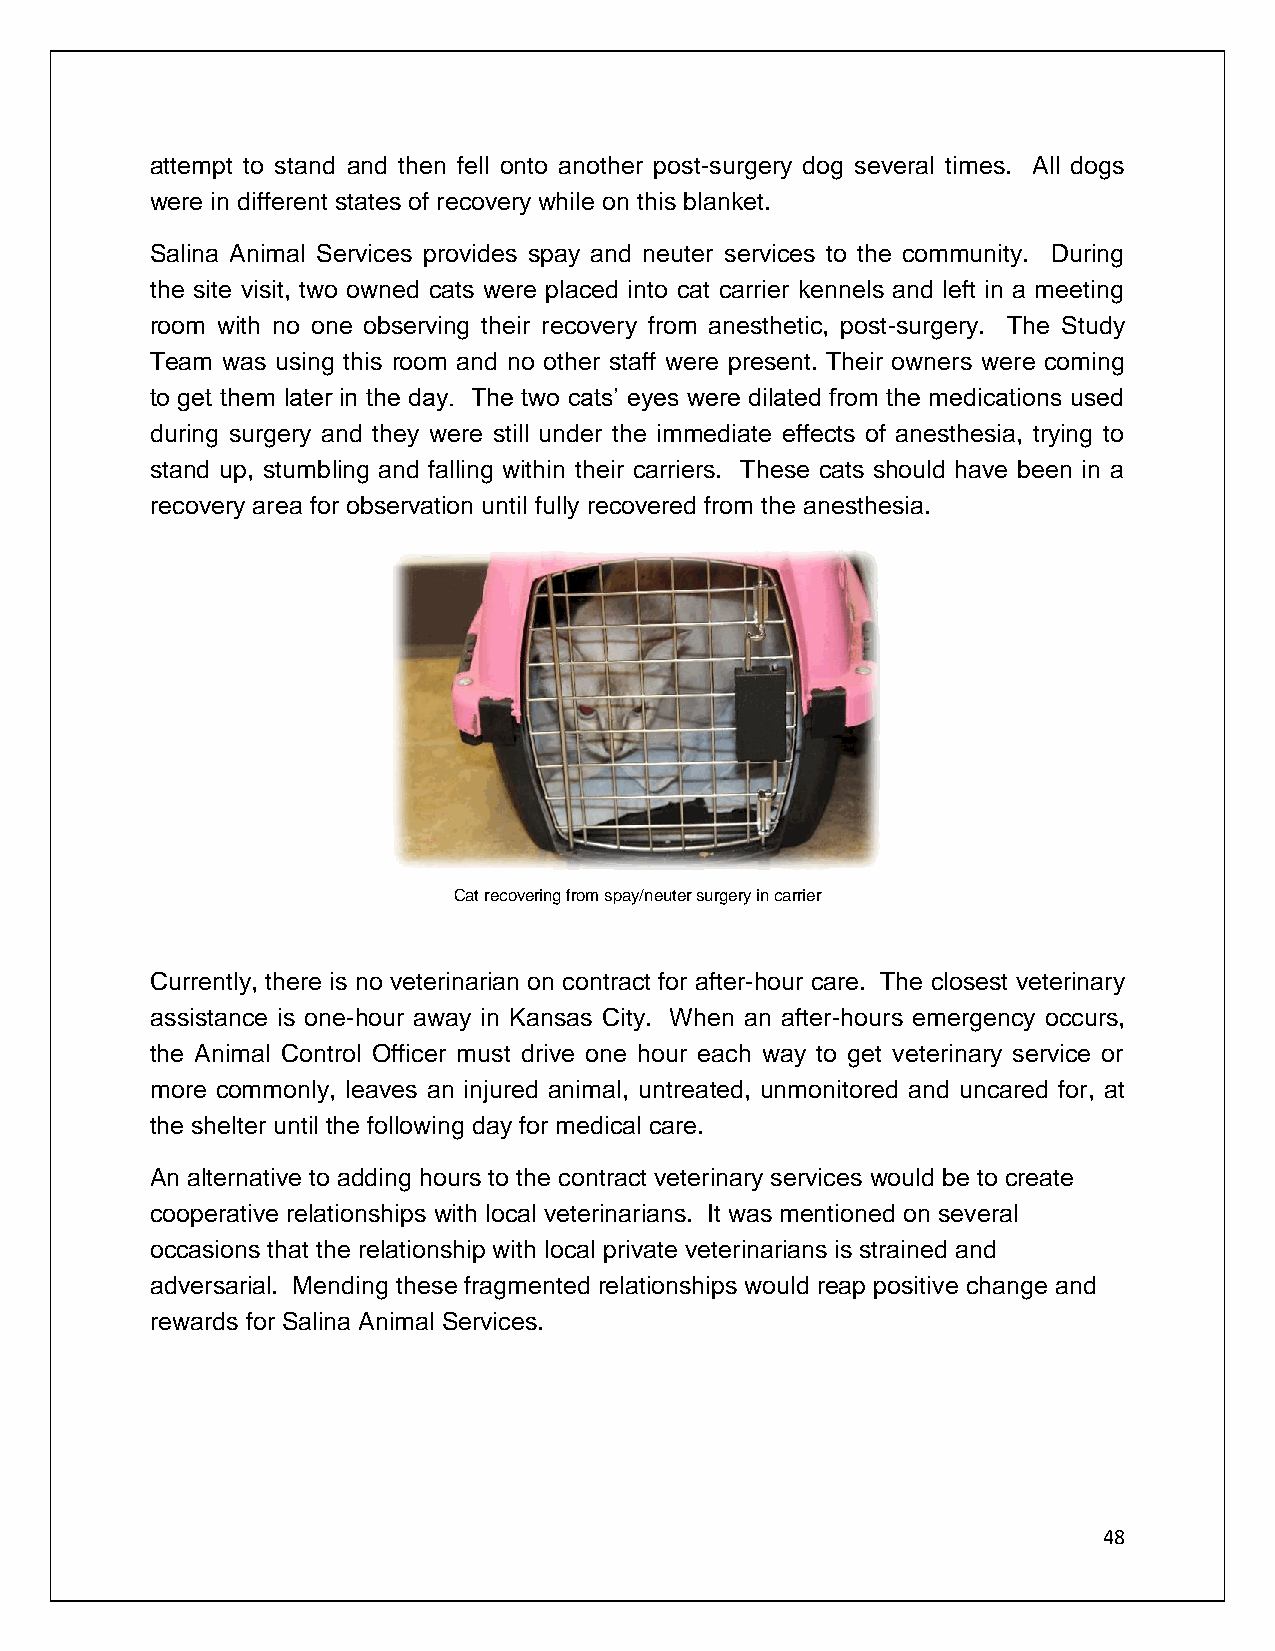
attempt to stand and then fell onto another post-surgery dog several times. All dogs
 were in different states of recovery while on this blanket.
 Salina Animal Services provides spay and neuter services to the community. During
 the site visit, two owned cats were placed into cat carrier kennels and left in a meeting
 room with no one observing their recovery from anesthetic, post-surgery. The Study
 Team was using this room and no other staff were present. Their owners were coming
 to get them later in the day. The two cats’ eyes were dilated from the medications used
 during surgery and they were still under the immediate effects of anesthesia, trying to
 stand up, stumbling and falling within their carriers. These cats should have been in a
 recovery area for observation until fully recovered from the anesthesia.
 Cat recovering from spay/neuter surgery in carrier
 Currently, there is no veterinarian on contract for after-hour care. The closest veterinary
 assistance is one-hour away in Kansas City. When an after-hours emergency occurs,
 the Animal Control Officer must drive one hour each way to get veterinary service or
 more commonly, leaves an injured animal, untreated, unmonitored and uncared for, at
 the shelter until the following day for medical care.
 An alternative to adding hours to the contract veterinary services would be to create
 cooperative relationships with local veterinarians. It was mentioned on several
 occasions that the relationship with local private veterinarians is strained and
 adversarial. Mending these fragmented relationships would reap positive change and
 rewards for Salina Animal Services.
 48